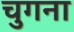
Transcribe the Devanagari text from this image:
चुगना